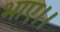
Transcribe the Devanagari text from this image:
भाए।।